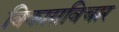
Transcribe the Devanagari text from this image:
विकासविचार